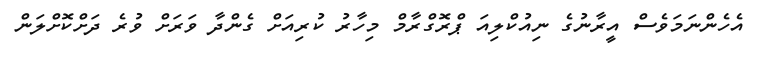
އެހެންނަމަވެސް އީރާނުގެ ނިއުކްލިއަ ޕްރޮގްރާމް މިހާރު ކުރިއަށް ގެންދާ ވަރަށް ވުރެ ދަށްކޮށްލަން